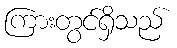
ကြားတွင်ရှိသည်